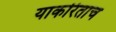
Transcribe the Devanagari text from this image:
याकरिताच